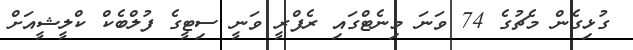
ގުޅިގެން މެޗުގެ 74 ވަނަ މިނެޓްގައި ރެފްރީ ވަނީ ސިޓީގެ ފުލްބެކް ކްލީޝީއަށް